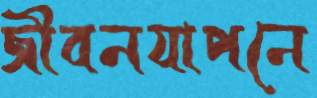
জীবনযাপনে